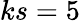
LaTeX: ks=5